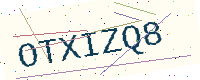
Text: OTXIZQ8